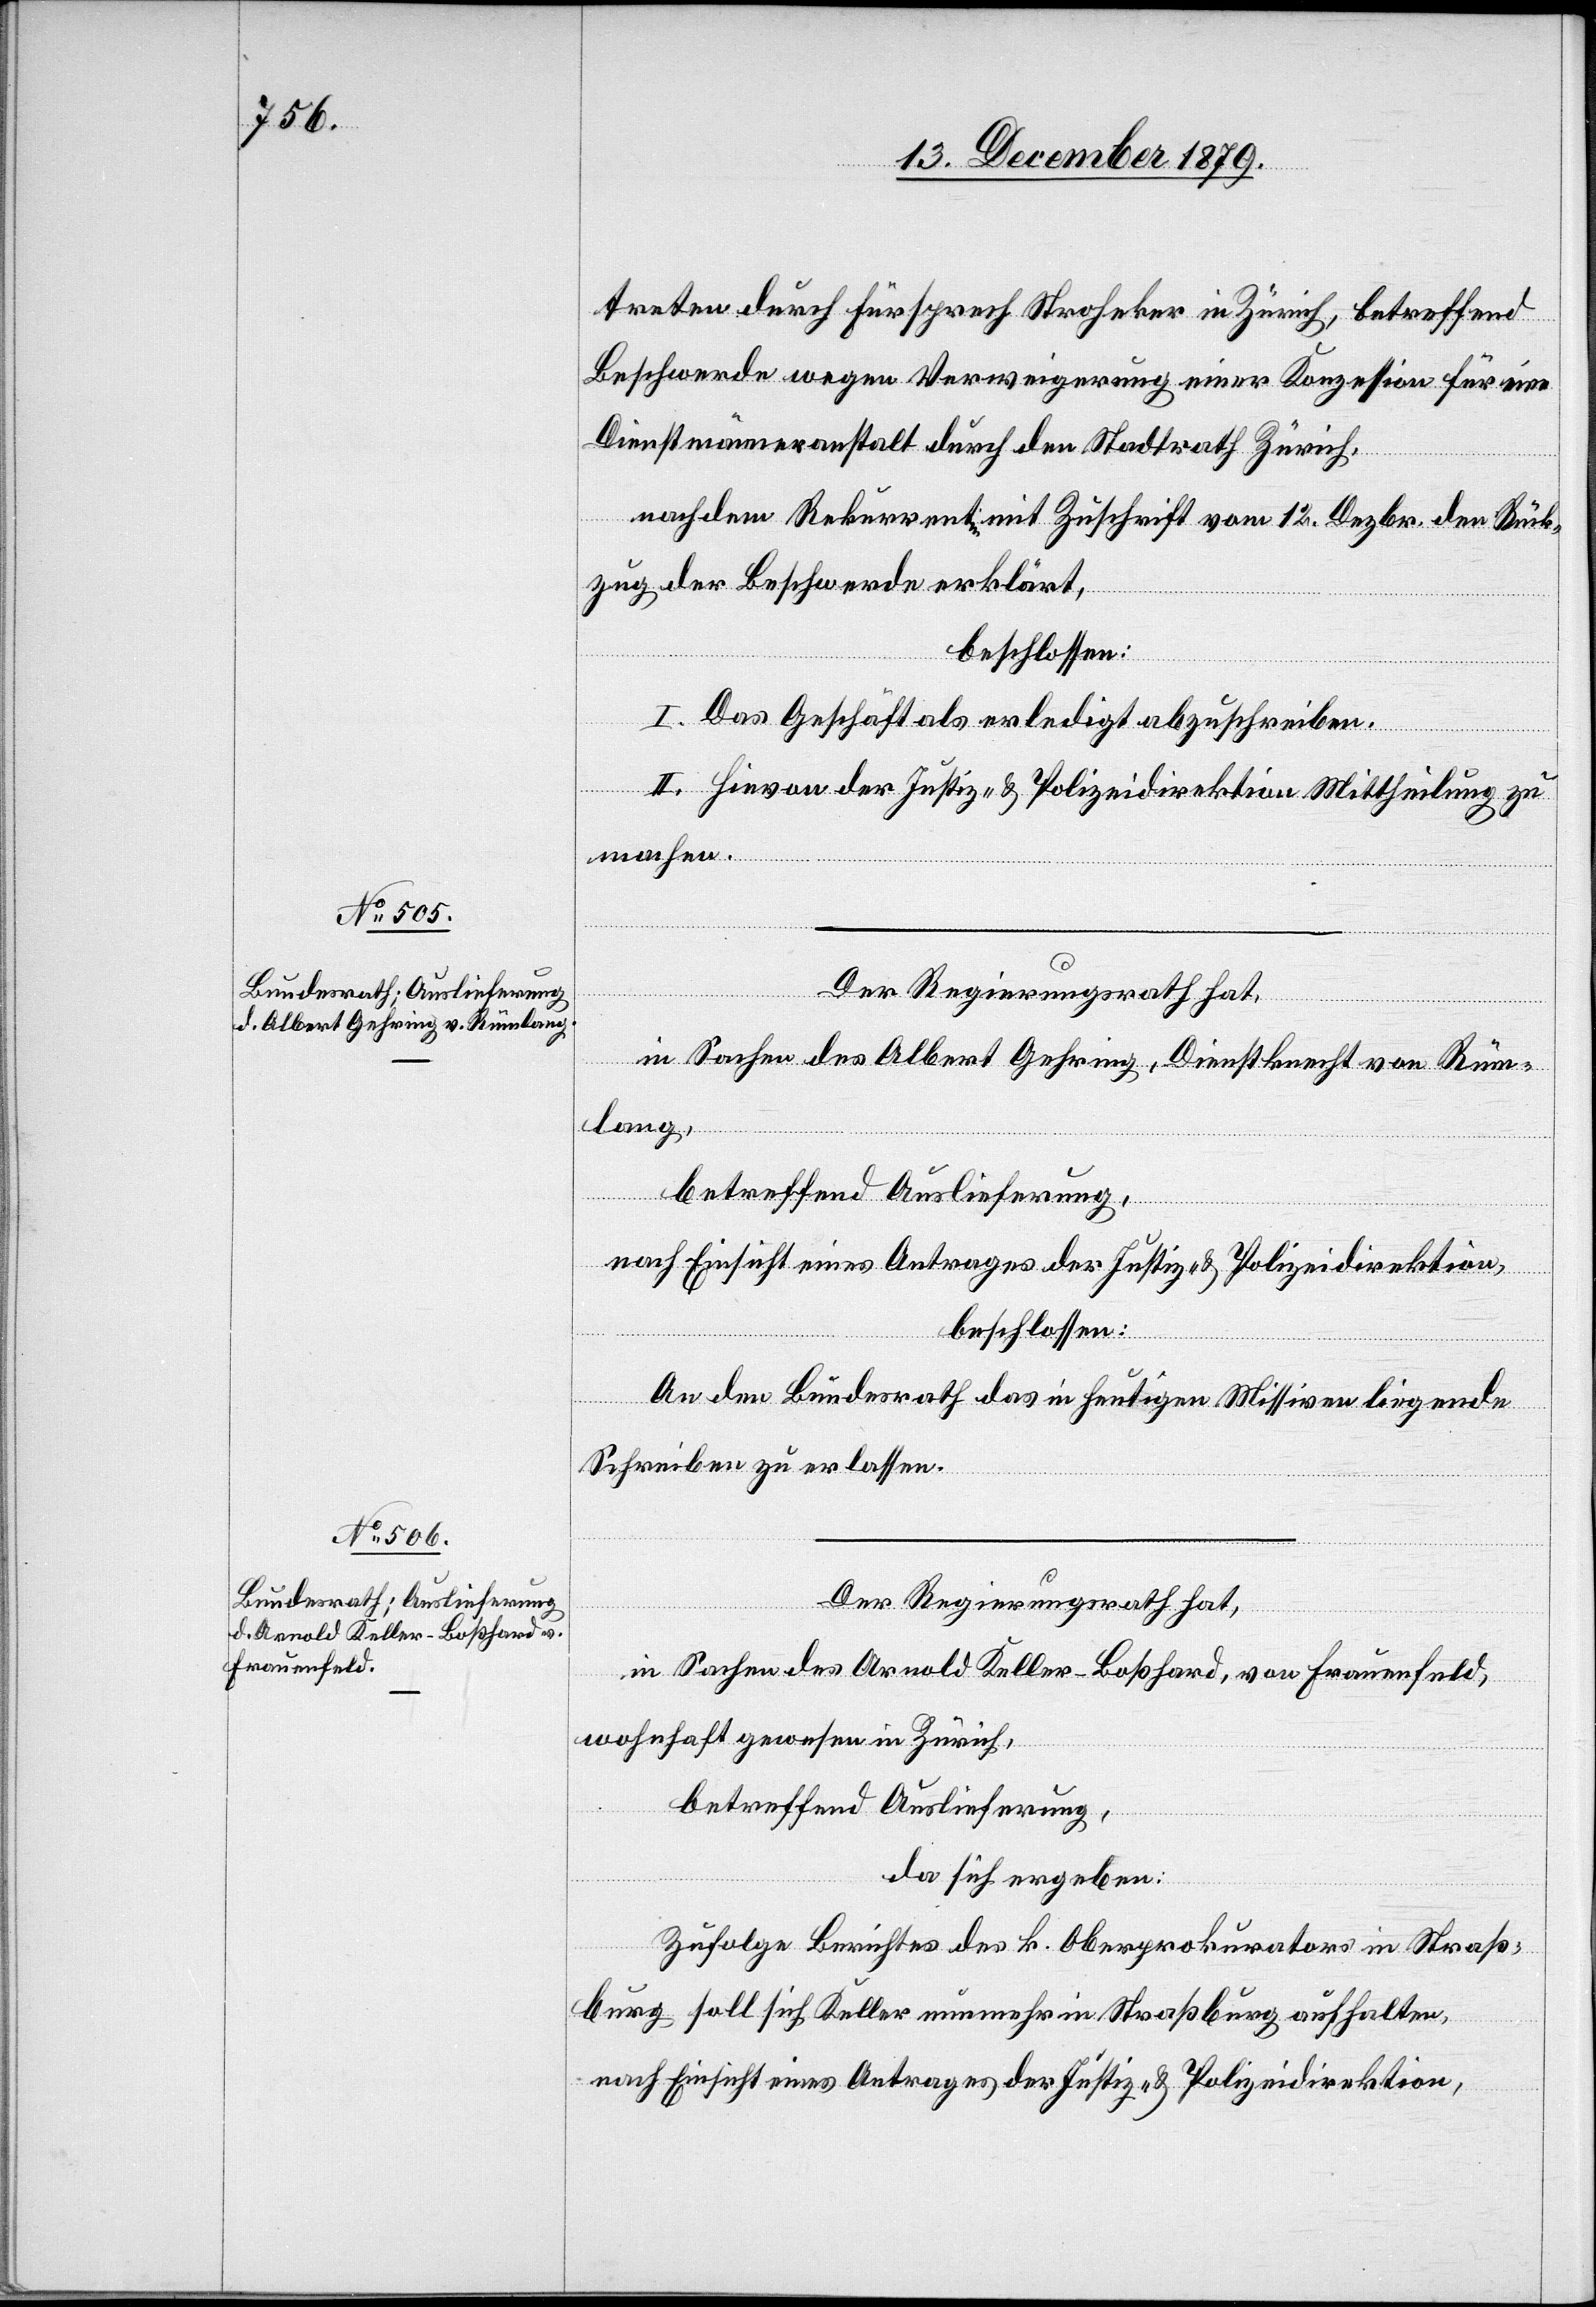
treten durch Fürsprech Stroheker in Zürich, betreffend
Beschwerde wegen Verweigerung einer Konzession für eine
Dienstmänneranstalt durch den Stadtrath Zürich,
nachdem Rekurrent mit Zuschrift vom 12. Dezbr. den Rück¬
zug der Beschwerde erklärt,
liegende
beschlossen:
I. Das Geschäft als erledigt abzuschreiben.
II. Hievon der Justiz- & Polizeidirektion Mittheilung zu
machen.
Der Regierungsrath hat,
in Sachen des Albert Gehring, Dienstknecht von Rüm¬
lang,
betreffend Auslieferung,
nach Einsicht eines Antrages der Justiz- & Polizeidirektion,
beschlossen:
Schreiben zu erlassen.
Der Regierungsrath hat,
in Sachen des Arnold Keller-Boßhard, von Frauenfeld,
wohnhaft gewesen in Zürich,
betreffend Auslieferung,
da sich ergeben:
Zufolge Berichtes des k. Oberprokurators in Straß¬
burg soll sich Keller nunmehr in Straßburg aufhalten,
nach Einsicht eines Antrages der Justiz- & Polizeidirektion,

in